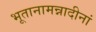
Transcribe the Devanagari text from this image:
भूतानामन्नादीनां